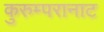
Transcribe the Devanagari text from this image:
कुरुम्परानाट